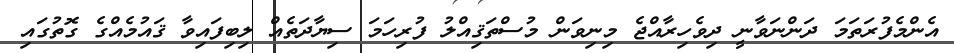
އެންމެފުރަތަމަ ދަންނަވާނީ ދިވެހިރާއްޖެ މިނިވަން މުސްތަޤިއްލު ފުރިހަމަ ސިޔާދަތެއް ލިބިފައިވާ ޤައުމެއްގެ ގޮތުގައި